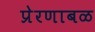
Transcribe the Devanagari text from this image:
प्रेरणाबळ